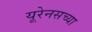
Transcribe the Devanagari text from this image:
यूरेनसच्या